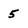
Character: 5